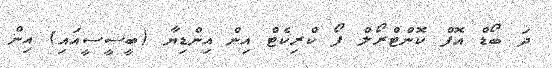
ދަ ބޯޑް އޮފް ކޮންޓްރޯލް ފޯ ކްރިކެޓް އިން އިންޑިޔާ (ބީސީސީއައި) އިން